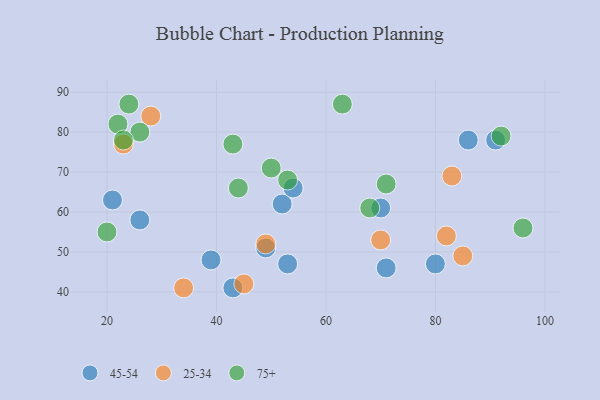
{"axis": {"x": "GDP", "y": "Life Expectancy"}, "legend": ["25-34", "45-54", "75+"], "data": [{"x": "49", "y": 51, "type": "45-54"}, {"x": "39", "y": 48, "type": "45-54"}, {"x": "86", "y": 78, "type": "45-54"}, {"x": "80", "y": 47, "type": "45-54"}, {"x": "26", "y": 58, "type": "45-54"}, {"x": "91", "y": 78, "type": "45-54"}, {"x": "53", "y": 47, "type": "45-54"}, {"x": "52", "y": 62, "type": "45-54"}, {"x": "43", "y": 41, "type": "45-54"}, {"x": "54", "y": 66, "type": "45-54"}, {"x": "21", "y": 63, "type": "45-54"}, {"x": "71", "y": 46, "type": "45-54"}, {"x": "70", "y": 61, "type": "45-54"}, {"x": "49", "y": 52, "type": "25-34"}, {"x": "70", "y": 53, "type": "25-34"}, {"x": "83", "y": 69, "type": "25-34"}, {"x": "85", "y": 49, "type": "25-34"}, {"x": "45", "y": 42, "type": "25-34"}, {"x": "34", "y": 41, "type": "25-34"}, {"x": "23", "y": 77, "type": "25-34"}, {"x": "82", "y": 54, "type": "25-34"}, {"x": "28", "y": 84, "type": "25-34"}, {"x": "71", "y": 67, "type": "75+"}, {"x": "53", "y": 68, "type": "75+"}, {"x": "43", "y": 77, "type": "75+"}, {"x": "26", "y": 80, "type": "75+"}, {"x": "68", "y": 61, "type": "75+"}, {"x": "22", "y": 82, "type": "75+"}, {"x": "92", "y": 79, "type": "75+"}, {"x": "96", "y": 56, "type": "75+"}, {"x": "24", "y": 87, "type": "75+"}, {"x": "20", "y": 55, "type": "75+"}, {"x": "23", "y": 78, "type": "75+"}, {"x": "50", "y": 71, "type": "75+"}, {"x": "63", "y": 87, "type": "75+"}, {"x": "44", "y": 66, "type": "75+"}]}